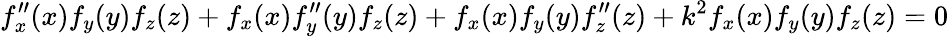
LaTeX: f_{x}^{\prime\prime}(x)f_{y}(y)f_{z}(z)+f_{x}(x)f_{y}^{\prime\prime}(y)f_{z}(z)+f_{x}(x)f_{y}(y)f_{z}^{\prime\prime}(z)+k^{2}f_{x}(x)f_{y}(y)f_{z}(z)=0